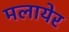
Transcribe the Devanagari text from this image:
मलायेर